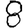
Digit: 8